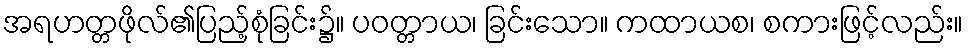
အရဟတ္တဖိုလ်၏ပြည့်စုံခြင်း၌။ ပဝတ္တာယ၊ ခြင်းသော။ ကထာယစ၊ စကားဖြင့်လည်း။